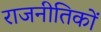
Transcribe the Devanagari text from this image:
राजनीतिकों